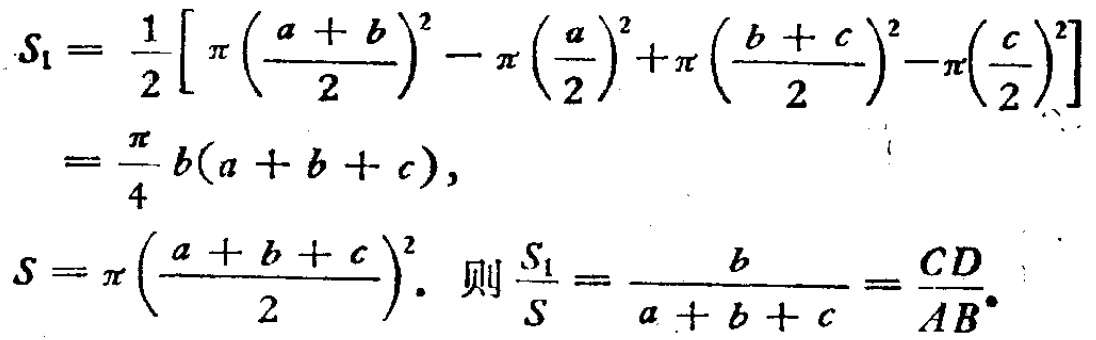
\[
\begin{align*}
S_{1}&=\frac{1}{2}\left[\pi\left(\frac{a + b}{2}\right)^{2}-\pi\left(\frac{a}{2}\right)^{2}+\pi\left(\frac{b + c}{2}\right)^{2}-\pi\left(\frac{c}{2}\right)^{2}\right]\\
&=\frac{\pi}{4}b(a + b + c),\\
S&=\pi\left(\frac{a + b + c}{2}\right)^{2}.\ 则\frac{S_{1}}{S}=\frac{b}{a + b + c}=\frac{CD}{AB}.
\end{align*}
\]